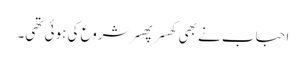
احباب نے بھی کھسر پھسر شروع کی ہوئی تھی۔